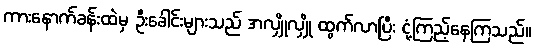
ကားနောက်ခန်းထဲမှ ဦးခေါင်းများသည် အလျှိုလျှို ထွက်လာပြီး ငုံ့ကြည့်နေကြသည်။